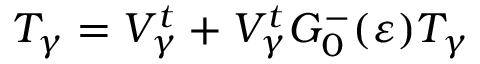
T _ { \gamma } = V _ { \gamma } ^ { t } + V _ { \gamma } ^ { t } G _ { 0 } ^ { - } ( \varepsilon ) T _ { \gamma }